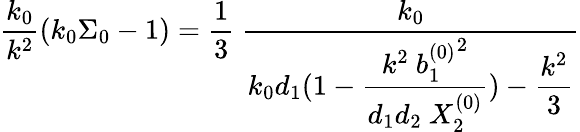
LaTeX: {\frac{k_{0}}{k^{2}}}(k_{0}\Sigma_{0}-1)={\frac{1}{3}}\ {\displaystyle{\frac{k_{0}}{k_{0}d_{1}(1-{\displaystyle{\frac{k^{2}\ {b_{1}^{(0)}}^{2}}{d_{1}d_{2}\ X_{2}^{(0)}}})-{\frac{k^{2}}{3}}}}}}